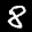
Label: 8